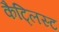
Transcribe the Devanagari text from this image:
कैट्लिस्ट